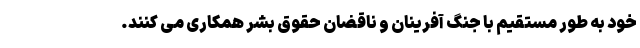
خود به طور مستقیم با جنگ آفرینان و ناقضان حقوق بشر همکاری می کنند.